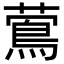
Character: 𦾉